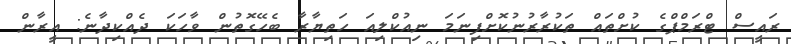
ރައީސް ޓްރަމްޕްގެ ކުށްތައް ތަކުރާރުނުކޮށްފިނަމަ ނިއުކްލިއަ ހަތިޔާރާ ބެހޭގޮތުން ވާހަކަ ދެއްކިދާނެ: އީރާން